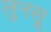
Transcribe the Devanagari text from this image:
लुनसू